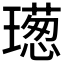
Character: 𤩿